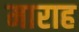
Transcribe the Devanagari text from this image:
माराह